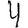
Digit: 4